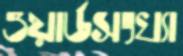
ওয়ার্ডসংখ্যা